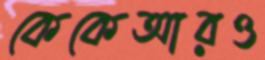
কেকেআরও